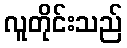
လူတိုင်းသည်